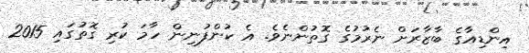
އިންޑިއާގެ ބާޒާރަށް ނެރުމުގެ ގޮތުންނެވެ. އެ ކުންފުނިން ހާމަ ކުރި ގޮތުގައި 2015